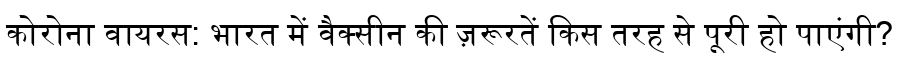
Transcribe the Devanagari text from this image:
कोरोना वायरस: भारत में वैक्सीन की ज़रूरतें किस तरह से पूरी हो पाएंगी?